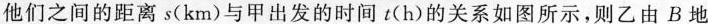
他们之间的距离s(km)与甲出发的时间t(h)的关系如图所示，则乙由B地